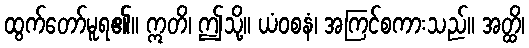
ထွက်တော်မူရ၏။ ဣတိ၊ ဤသို့။ ယံဝစနံ၊ အကြင်စကားသည်။ အတ္ထိ၊